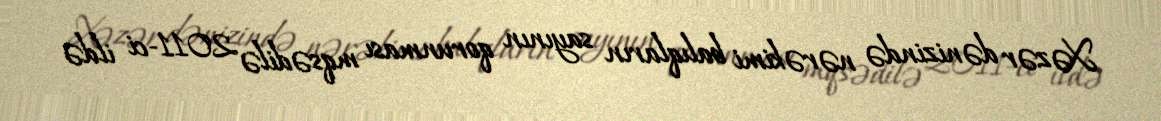
Xəzər dənizində nərəkimi balıqların sayının qorunması mqsədilə 2011-ci ildə